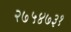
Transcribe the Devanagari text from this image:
२७५४७३१